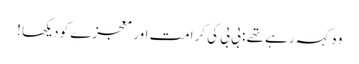
وہ کہہ رہے تھے : بی بی کی کرامت اور معجزے کو دیکھا !